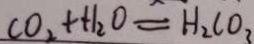
C O _ { 2 } + H _ { 2 } O = H _ { 2 } C O _ { 3 }